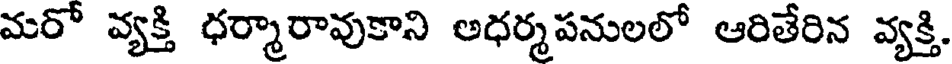
మరో వ్యక్తి ధర్మారావుకాని అధర్మపనులలో ఆరితేరిన వ్యక్తి.